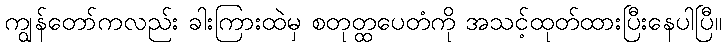
ကျွန်တော်ကလည်း ခါးကြားထဲမှ စတုတ္ထပေတံကို အသင့်ထုတ်ထားပြီးနေပါပြီ။